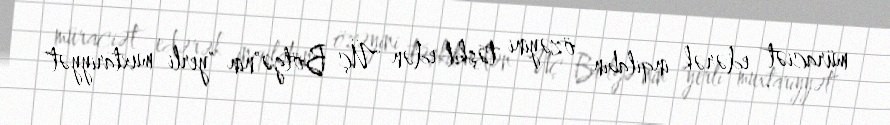
müraciət edərək inqilabın özəyini təşkil edən "Üç Bölgə"nin "yerli muxtariyyət"